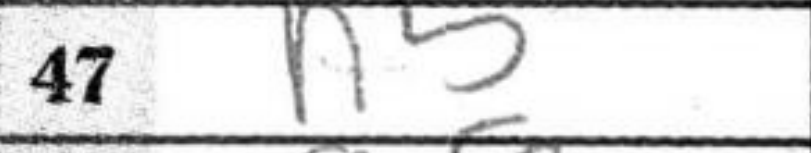
Transcription: h5